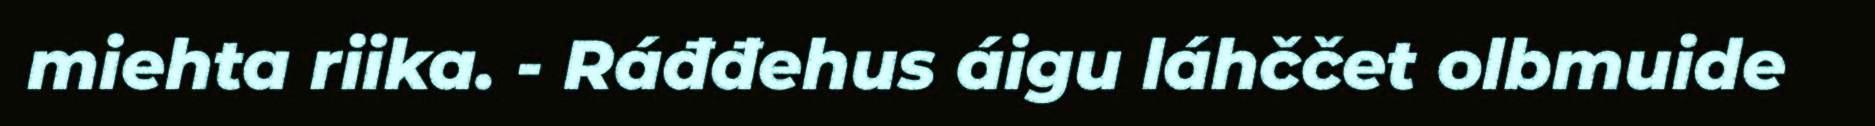
miehta riika. - Ráđđehus áigu láhččet olbmuide